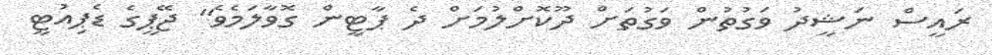
ރައީސް ނަޝީދު ވަގުތުން ވަގުތަށް ދޫކޮށްލުމަށް ދެ ޕާޓީން ގޮވާލަމެވެ" ޖޭޕީގެ ޑެޕިއުޓީ